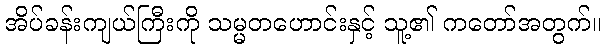
အိပ်ခန်းကျယ်ကြီးကို သမ္မတဟောင်းနှင့် သူ့၏ ကတော်အတွက်။